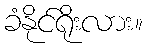
ခံနိုင်ရိုးလား။